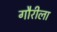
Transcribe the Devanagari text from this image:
गौरीला